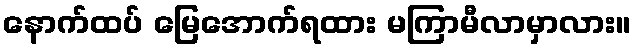
နောက်ထပ် မြေအောက်ရထား မကြာမီလာမှာလား။